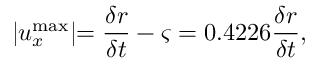
\lvert u _ { x } ^ { \mathrm { m a x } } \lvert = \frac { \delta r } { \delta t } - \varsigma = 0 . 4 2 2 6 \frac { \delta r } { \delta t } ,